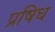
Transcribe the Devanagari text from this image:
प्रषिध